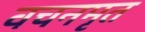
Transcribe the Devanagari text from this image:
वचनमृत